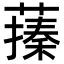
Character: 𦽥